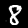
Digit: 8